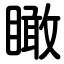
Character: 瞰